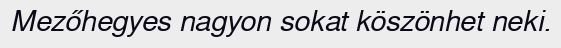
Mezőhegyes nagyon sokat köszönhet neki.